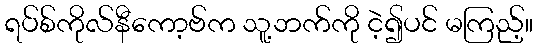
ရပ်စ်ကိုလ်နီကော့ဗ်က သူ့ဘက်ကို ငဲ့၍ပင် မကြည့်။